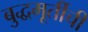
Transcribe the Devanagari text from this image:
बुद्धमूर्तीची